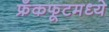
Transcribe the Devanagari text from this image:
फ्रँकफूटमध्ये